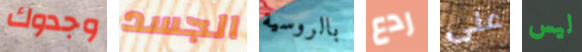
وجدوك الجسد بالروسية ردع على ليس